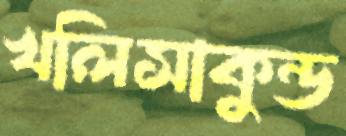
খলিসাকুন্ড